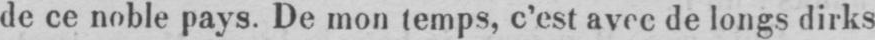
de ce noble pays. De mon temps, c’est avec de longs dirks